Mental hospitals Bombay report 1921-28 - 1921-1928
Year: 1921
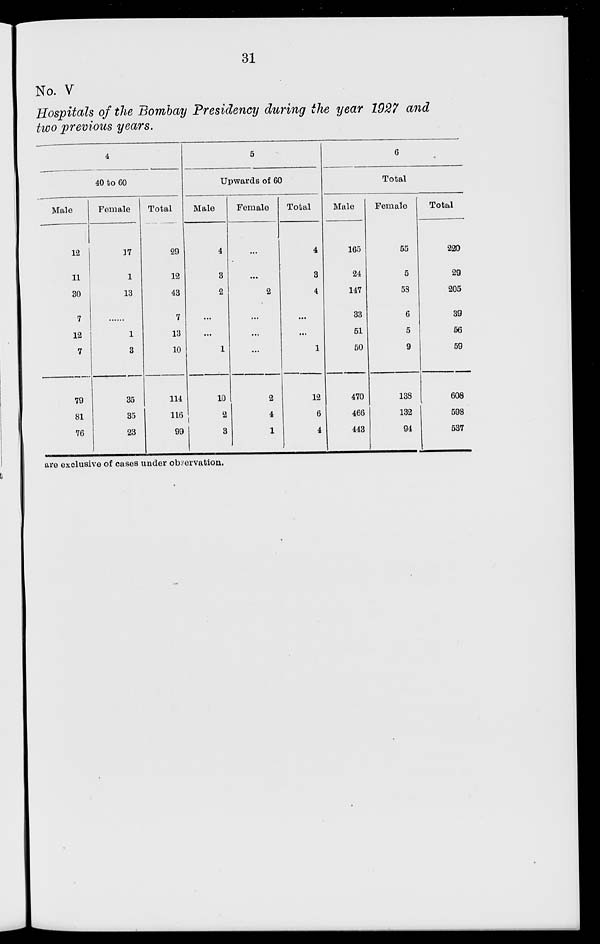
31
No. V
Hospitals of the Bombay Presidency during the year 1927 and
two previous years.
4
40 to 60
Male
12
11
30
7
12
7
79
81
76
Female
17
1
13
...
1
3
35
35
23
Total
29
12
43
7
13
10
114
116
99
5
Upwards of 60
Male
4
3
2
...
...
1
10
2
3
Female
...
...
2
...
...
...
2
4
1
Total
4
3
4
...
...
1
12
6
4
6
Total
Male
165
24
147
33
51
50
470
466
443
Female
55
5
58
6
5
9
138
132
94
Total
220
29
205
39
56
59
608
598
537
are exclusive of cases under observation.